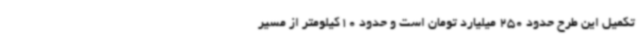
تکمیل این طرح حدود 250 میلیارد تومان است و حدود 10کیلومتر از مسیر